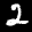
Label: 2